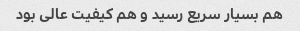
هم بسیار سریع رسید و هم کیفیت عالی بود